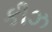
કીઝ